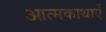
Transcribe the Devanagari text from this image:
आत्मकाथाएँ